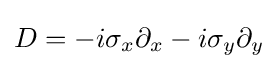
D=-i\sigma _{x}\partial _{x}-i\sigma _{y}\partial _{y}